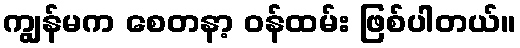
ကျွန်မက စေတနာ့ ဝန်ထမ်း ဖြစ်ပါတယ်။